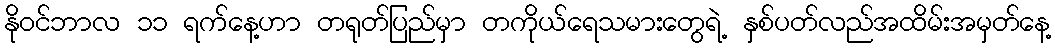
နိုဝင်ဘာလ ၁၁ ရက်နေ့ဟာ တရုတ်ပြည်မှာ တကိုယ်ရေသမားတွေရဲ့ နှစ်ပတ်လည်အထိမ်းအမှတ်နေ့